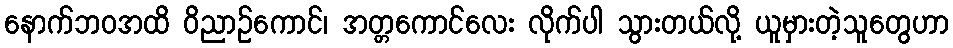
နောက်ဘဝအထိ ဝိညာဉ်ကောင်၊ အတ္တကောင်လေး လိုက်ပါ သွားတယ်လို့ ယူမှားတဲ့သူတွေဟာ